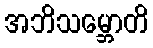
အဘိသမ္ဘောတိ